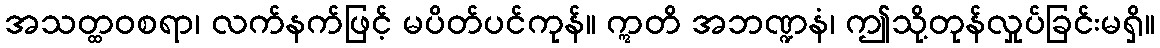
အသတ္ထဝစရာ၊ လက်နက်ဖြင့် မပိတ်ပင်ကုန်။ ဣတိ အဘဏ္ဍနံ၊ ဤသို့တုန်လှုပ်ခြင်းမရှိ။